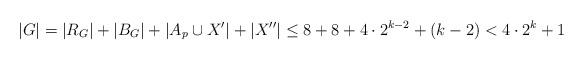
LaTeX: \begin{align*}|G|=|R_G| +|B_G|+|A_p \cup X'|+|X''| \le 8+8+ 4 \cdot 2^{k-2} +(k-2)< 4\cdot 2^k+1\end{align*}